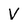
Character: V